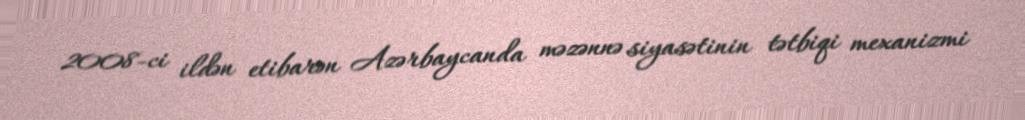
2008-ci ildən etibarən Azərbaycanda məzənnə siyasətinin tətbiqi mexanizmi